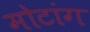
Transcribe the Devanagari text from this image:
मोटांग